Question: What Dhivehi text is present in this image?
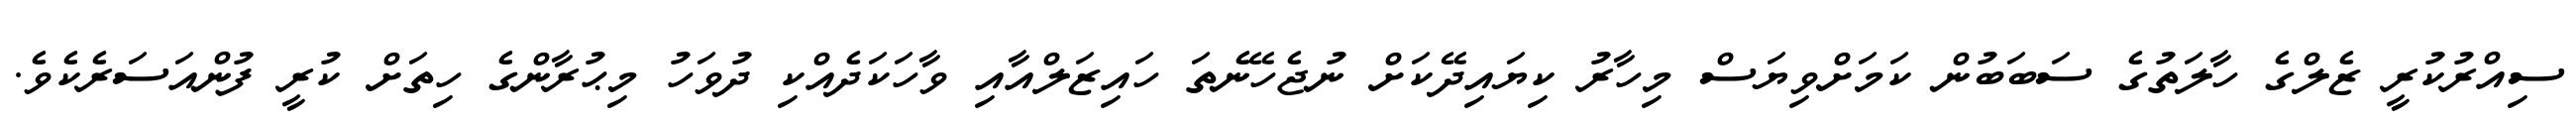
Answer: ސިއްރުކުރީ ޒެލްގެ ހާލަތުގެ ސަބަބުން ކަމަށްވިޔަސް މިހާރު ކިޔައިދޭކަށް ނުޖެހޭނެތަ ހައިޒަލްއާއި ވާހަކަދެއްކި ދުވަހު މިޙުރާންގެ ހިތަށް ކުރީ ފުންއަސަރެކެވެ.